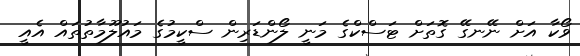
ވޯކާ އަށް ނޭނގޭ ގޮތަށް ޓަސްކްގެ މަނީ ލޯންޑަރިން ސްކީމުގެ މައުލޫމާތުތައް އެއީ